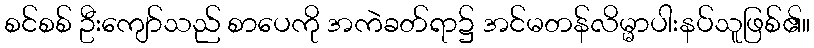
စင်စစ် ဦးကျော်သည် စာပေကို အကဲခတ်ရာ၌ အင်မတန်လိမ္မာပါးနပ်သူဖြစ်၏။